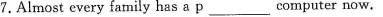
7.Almost every family has a p_______computer now.